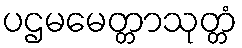
ပဌမမေတ္တာသုတ္တံ